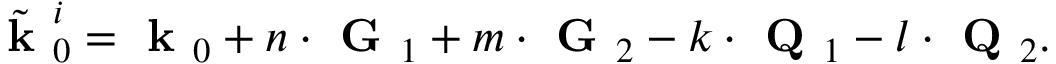
\tilde { \textbf { k } } _ { 0 } ^ { i } = \textbf { k } _ { 0 } + n \cdot \textbf { G } _ { 1 } + m \cdot \textbf { G } _ { 2 } - k \cdot \textbf { Q } _ { 1 } - l \cdot \textbf { Q } _ { 2 } .